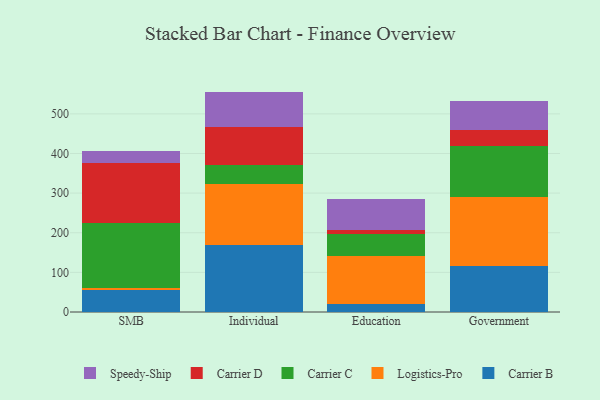
{"axis": {"x": "Segment", "y": "LTV (USD)"}, "legend": ["Carrier B", "Carrier C", "Carrier D", "Logistics-Pro", "Speedy-Ship"], "data": [{"x": "SMB", "y": 55.3, "type": "Carrier B"}, {"x": "SMB", "y": 6.1, "type": "Logistics-Pro"}, {"x": "SMB", "y": 162.1, "type": "Carrier C"}, {"x": "SMB", "y": 151.7, "type": "Carrier D"}, {"x": "SMB", "y": 30.1, "type": "Speedy-Ship"}, {"x": "Individual", "y": 170.2, "type": "Carrier B"}, {"x": "Individual", "y": 153.1, "type": "Logistics-Pro"}, {"x": "Individual", "y": 47.7, "type": "Carrier C"}, {"x": "Individual", "y": 95.9, "type": "Carrier D"}, {"x": "Individual", "y": 89.3, "type": "Speedy-Ship"}, {"x": "Education", "y": 21.1, "type": "Carrier B"}, {"x": "Education", "y": 119.6, "type": "Logistics-Pro"}, {"x": "Education", "y": 56.6, "type": "Carrier C"}, {"x": "Education", "y": 8.7, "type": "Carrier D"}, {"x": "Education", "y": 79.0, "type": "Speedy-Ship"}, {"x": "Government", "y": 116.0, "type": "Carrier B"}, {"x": "Government", "y": 175.3, "type": "Logistics-Pro"}, {"x": "Government", "y": 127.6, "type": "Carrier C"}, {"x": "Government", "y": 41.3, "type": "Carrier D"}, {"x": "Government", "y": 73.5, "type": "Speedy-Ship"}]}